Annual report of the Punjab Veterinary College and of the Civil Veterinary Department, Punjab - 1920-1925
Year: 1920
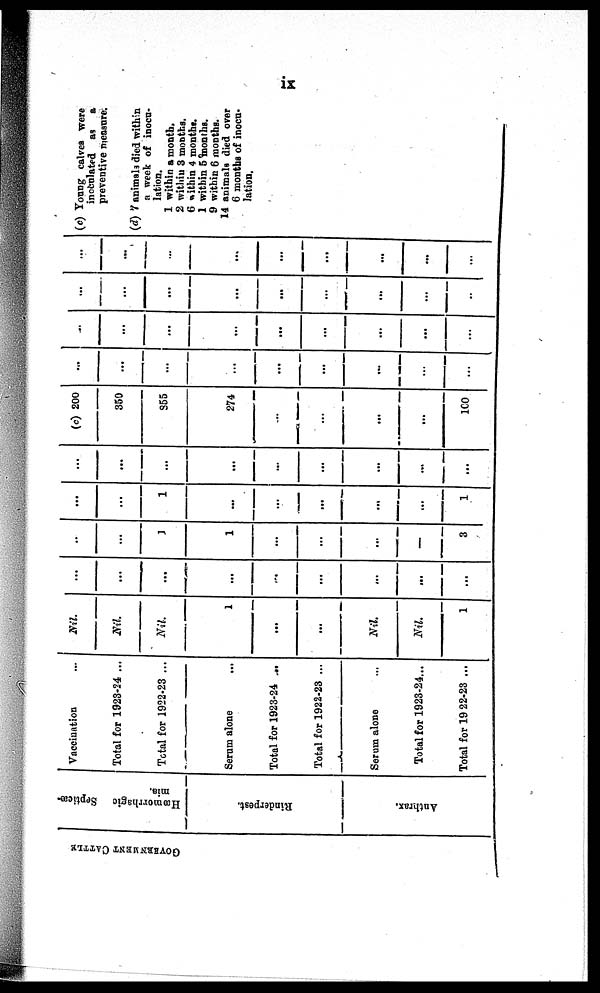
ix
GOVERNMENT CATTLE
Hæmorrhagic
Septicæ-
mia.
Rinderpest.
Anthrax.
Vaccination ...
Total for 1923-24 ...
Total for 1922-23 ...
Serum alone
Total for 1923-24 ...
Total for 1922-23 ...
Serum alone ...
Total for 1923-24...
Total for 1922-23 ...
Nil.
Nil.
Nil.
1
...
...
Nil.
Nil.
1
...
...
...
...
...
...
...
...
...
..
...
1
1
...
...
...
—
3
...
...
1
...
...
...
...
...
1
...
...
...
...
...
...
...
...
...
(c) 200
350
355
274
...
...
...
...
100
...
...
...
...
...
...
...
...
...
...
...
...
...
...
...
...
...
...
...
...
...
...
...
...
...
...
..
...
...
...
...
...
...
...
...
...
(c) Young calves were
inoculated as a
preventive measure.
(d) 7 animals died within
a week of inocu-
lation.
1 within a month.
2 within 3 months.
6 within 4 months.
1 within 5 months.
9 within 6 months.
14 animals died over
6 months of inocu-
lation.